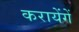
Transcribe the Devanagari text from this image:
करायेंगें